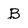
Character: B